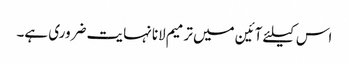
اس کیلئے آئین میں ترمیم لانا نہایت ضروری ہے۔